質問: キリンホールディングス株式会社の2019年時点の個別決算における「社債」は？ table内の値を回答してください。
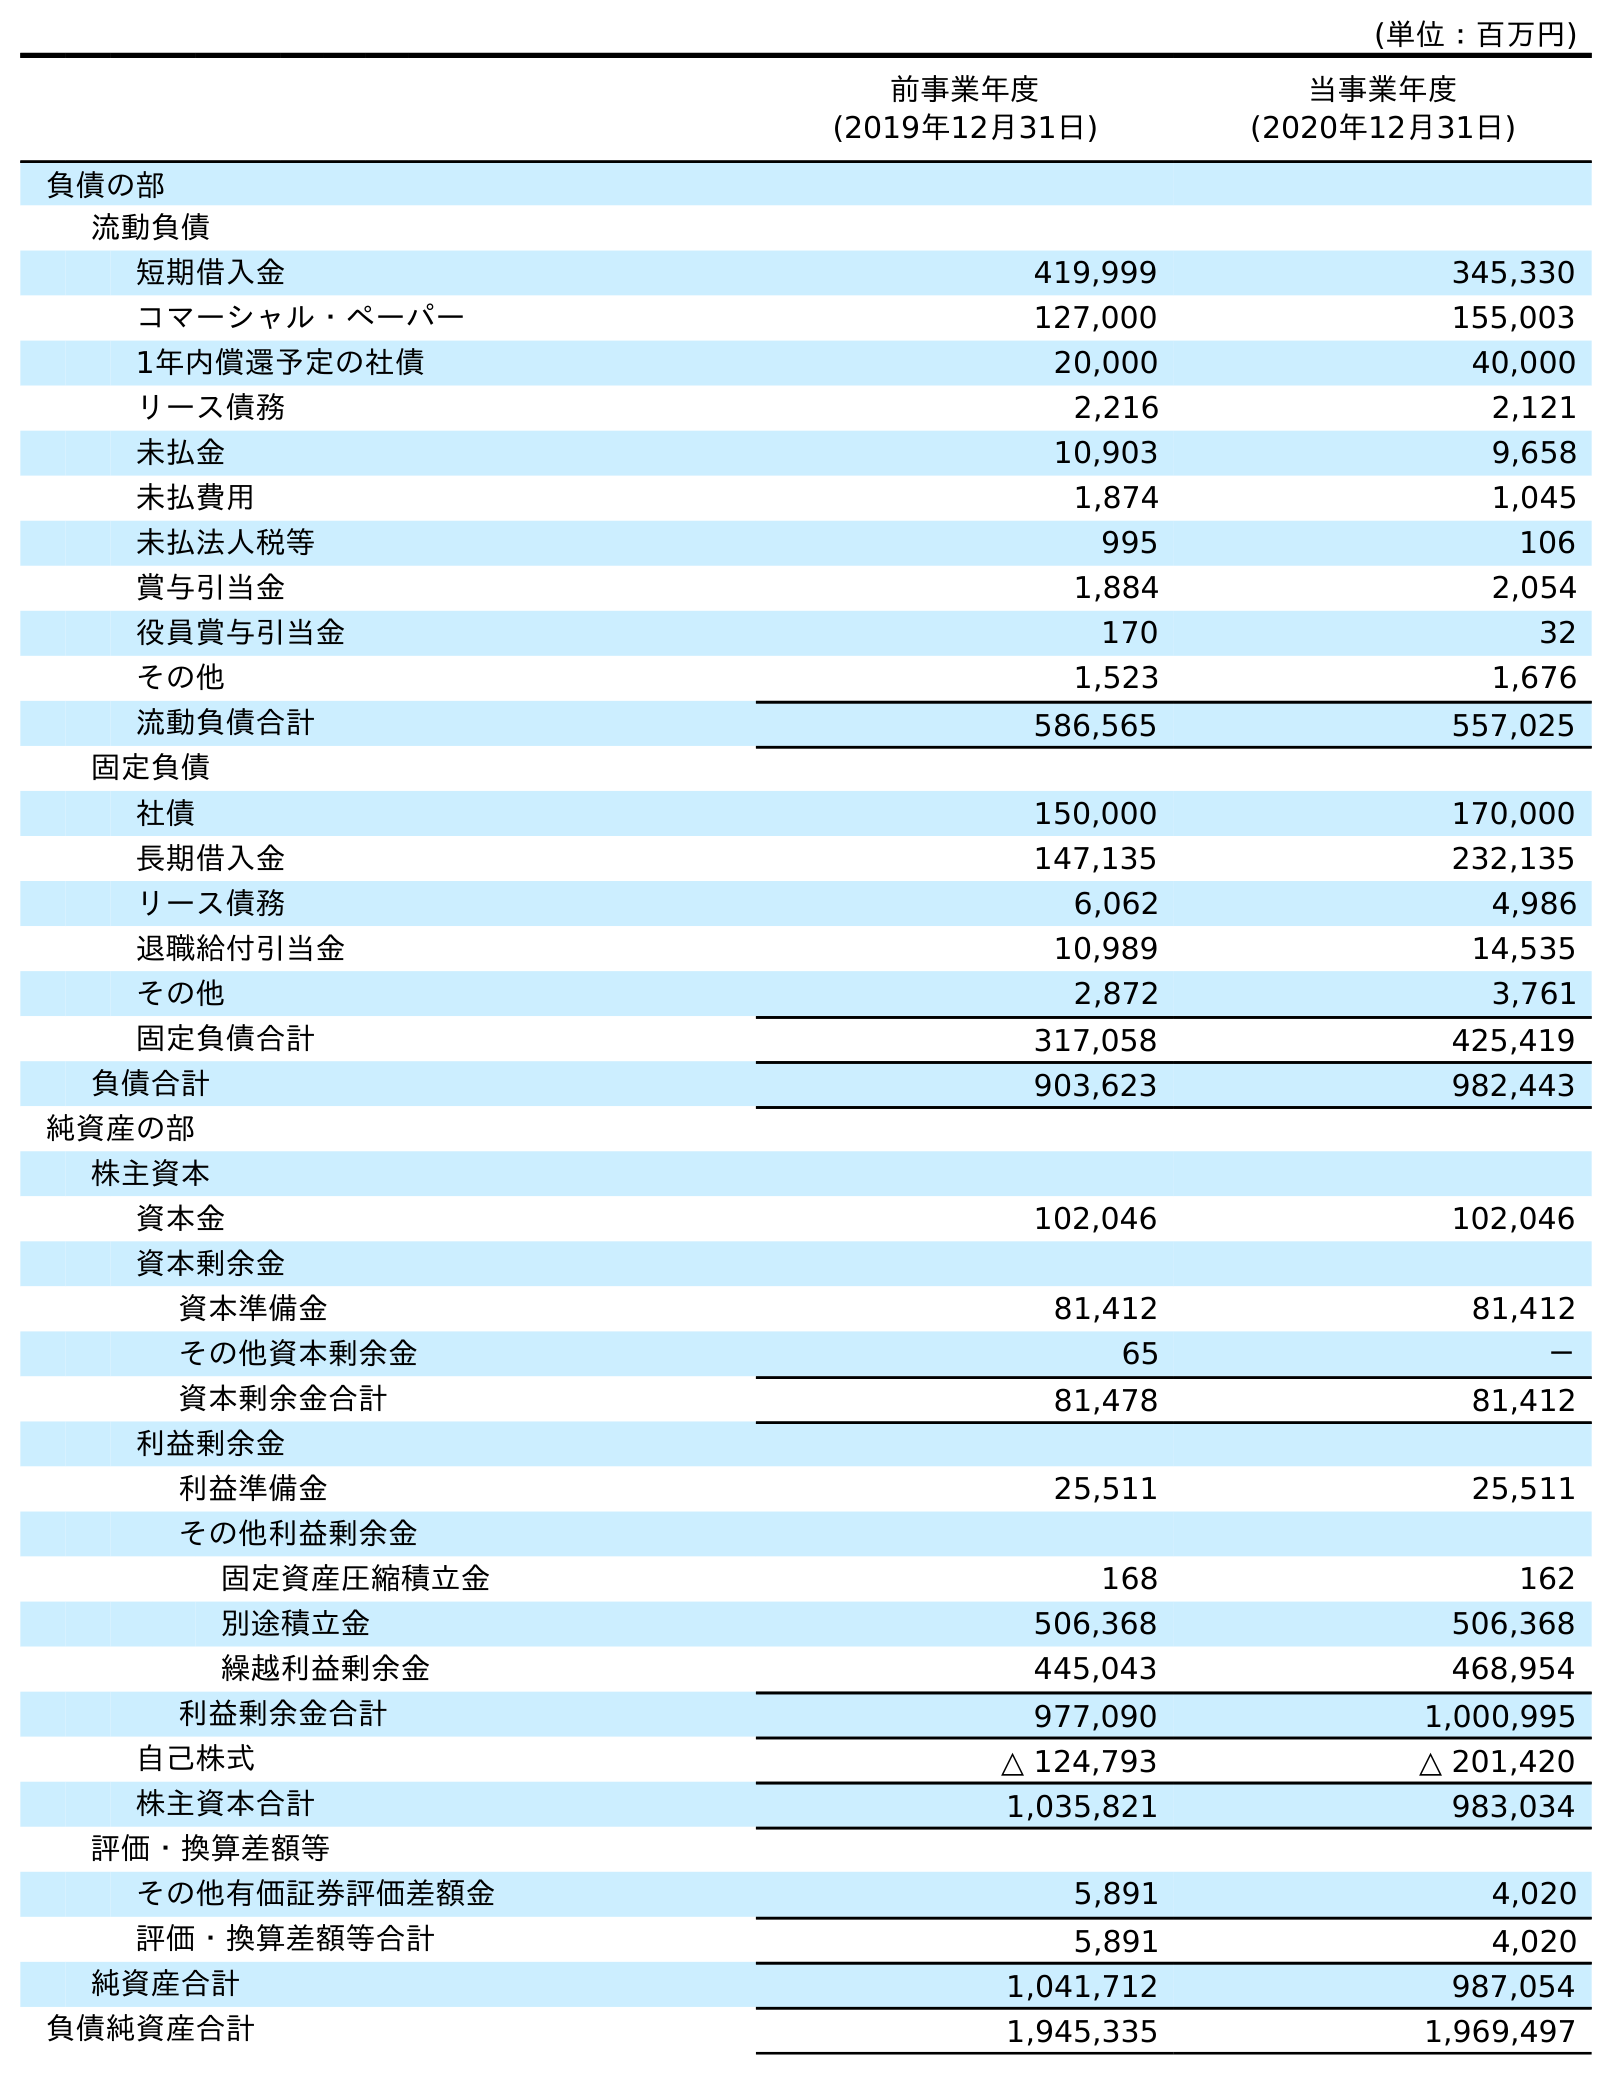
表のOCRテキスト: (単位：百万円) 前事業年度 (2019年12月31日) 当事業年度 (2020年12月31日) 負債の部 流動負債 短期借入金 419,999 345,330 コマーシャル・ペーパー 127,000 155,003 1年内償還予定の社債 20,000 40,000 リース債務 2,216 2,121 未払金 10,903 9,658 未払費用 1,874 1,045 未払法人税等 995 106 賞与引当金 1,884 2,054 役員賞与引当金 170 32 その他 1,523 1,676 流動負債合計 586,565 557,025 固定負債 社債 150,000 170,000 長期借入金 147,135 232,135 リース債務 6,062 4,986 退職給付引当金 10,989 14,535 その他 2,872 3,761 固定負債合計 317,058 425,419 負債合計 903,623 982,443 純資産の部 株主資本 資本金 102,046 102,046 資本剰余金 資本準備金 81,412 81,412 その他資本剰余金 65 － 資本剰余金合計 81,478 81,412 利益剰余金 利益準備金 25,511 25,511 その他利益剰余金 固定資産圧縮積立金 168 162 別途積立金 506,368 506,368 繰越利益剰余金 445,043 468,954 利益剰余金合計 977,090 1,000,995 自己株式 △ 124,793 △ 201,420 株主資本合計 1,035,821 983,034 評価・換算差額等 その他有価証券評価差額金 5,891 4,020 評価・換算差額等合計 5,891 4,020 純資産合計 1,041,712 987,054 負債純資産合計 1,945,335 1,969,497
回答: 150,000